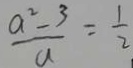
\frac { a ^ { 2 } - 3 } { a } = \frac { 1 } { 2 }